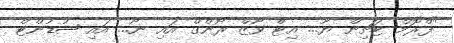
"ފްރޮމް ޓަޗިން ޔޫ... އިޓް ވޯޒް ރޯންގް އައި ނޯ... އައި ޝުޑުންޓް